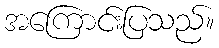
အကြောင်းပြသည်။